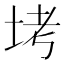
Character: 㘼